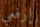
إرفعي